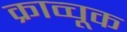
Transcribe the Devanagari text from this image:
क्राव्चूक